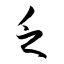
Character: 乏